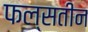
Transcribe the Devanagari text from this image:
फल्सतीन